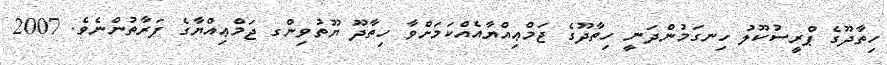
ހިތާދޫގެ ޕްރީސުކޫލު ހިނގަމުންދަނީ ހިތާދޫގެ ޖަމްޢިއްޔާއެއްކަމަށްވާ ހިތާދޫ ޔޫތުވިންގ ޖަމްޢިއްޔާގެ ފަރާތުންނެވެ. 2007